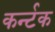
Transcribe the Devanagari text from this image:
कर्न्टक